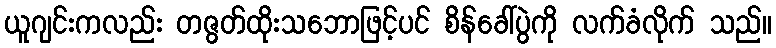
ယူဂျင်းကလည်း တဇွတ်ထိုးသဘောဖြင့်ပင် စိန်ခေါ်ပွဲကို လက်ခံလိုက် သည်။